Medical and sanitary report of the native army of Madras for the year
Year: 1877
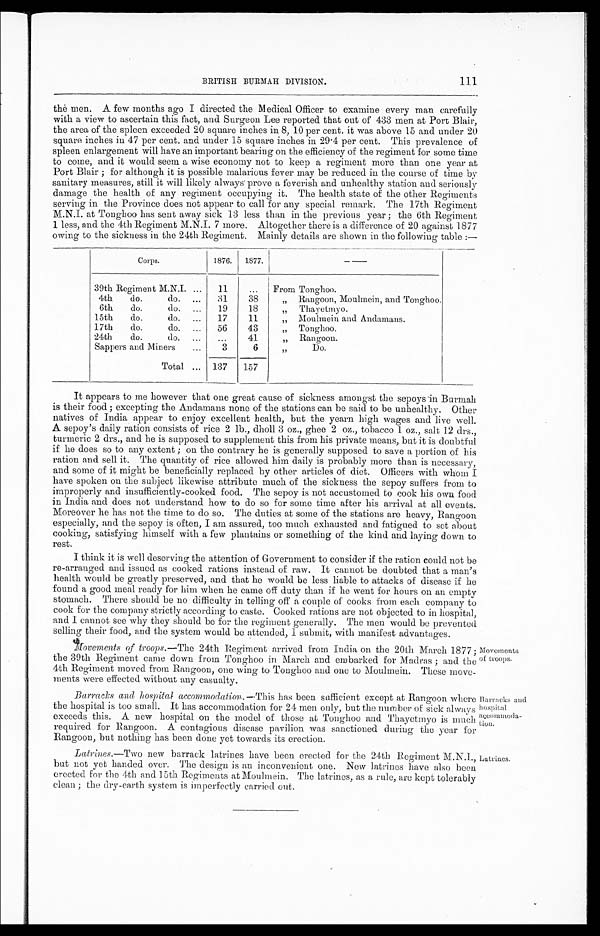
111
BRITISH BURMAH DIVISION.
the men. A few months ago I directed the Medical Officer to examine every man carefully
with a view to ascertain this fact, and Surgeon Lee reported that out of 433 men at Port Blair,
the area of the spleen exceeded 20 square inches in 8, 10 per cent. it was above 15 and under 20
square inches in 47 per cent. and under 15 square inches in 29 . 4 per cent. This prevalence of
spleen enlargement will have an important bearing on the efficiency of the regiment for some time
to come, and it would seem a wise economy not to keep a regiment more than one year at
Port Blair ; for although it is possible malarious fever may be reduced in the course of time by
sanitary measures, still it will likely always prove a feverish and unhealthy station and seriously
damage the health of any regiment occupying it. The health state of the other Regiments
serving in the Province does not appear to call for any special remark. The 17th Regiment
M.N.I. at Toughoo has sent away sick 13 less than in the previous year ; the 6th Regiment
1 less, and the 4th Regiment M.N.I. 7 more. Altogether there is a difference of 20 against 1877
owing to the sickness in the 24th Regiment. Mainly details are shown in the following table :—
Corps.
1876.
1877.
—
39th Regiment M.N.I. ...
11
...
From Tonghoo.
4th do. do. ...
31
38
„ Rangoon, Moulmein, and Tonghoo
6th do. do. ...
19
18
„ Thayetmyo.
15th do. do. ...
17
11
„ Moulmein and Andamans.
17th do. do.
56
43
„ Tonghoo.
24th. do. do. ...
...
41
„ Rangoon.
Sappers and Miners ...
3
6
,, Do.
Total ... 137
157
It appears to me however that one great cause of sickness amongst the sepoys in Burma
h
is their food ; excepting the Andamans none of the stations can be said to be unhealthy. Other
natives of India appear to enjoy excellent health, but the yearn high wages and live well.
A sepoy's daily ration consists of rice 2 lb., dholl 3 oz., ghee 2 oz., tobacco 1 oz., salt 12 drs.,
turmeric 2 drs., and he is supposed to supplement this from his private means, but it is doubtful
if he does so to any extent ; on the contrary he is generally supposed to save a portion of his
ration and sell it. The quantity of rice allowed him daily is probably more than is necessary,
and some of it might be beneficially replaced by other articles of diet. Officers with whom
I
have spoken on the subject likewise attribute much of the sickness the sepoy suffers from to
improperly and insufficiently-cooked food. The sepoy is not accustomed to cook his own food
in India and does not understand how to do so for some time after his arrival at all events.
Moreover he has not the time to do so. The duties at some of the stations are heavy, Rangoon
especially, and the sepoy is often, I am assured, too much exhausted and fatigued to set about
cooking, satisfying himself with a few plantains or something of the kind and laying down to
rest.
I think it is well deserving the attention of Government to consider if the ration could not be
re-arranged and issued as cooked rations instead of raw. It cannot be doubted that a man's
health would be greatly preserved, and that he would be less liable to attacks of disease if
he
found a good meal ready for him when he came off duty than if he went for hours on an empty
stomach. There should be no difficulty in telling off a couple of cooks from each company to
cook for the company strictly according to caste. Cooked rations are not objected to in hospital,
and I cannot see why they should be for the regiment generally. The men would be prevented
selling their food, and the system would be attended, I submit, with manifest advantages.
Movements of troops.— The 24th Regiment arrived from India on the 20th March 1877 ;
the 39th Regiment came down from Tonghoo in March and embarked for Madras ; and the
4th Regiment moved from Rangoon, one wing to Tonghoo and one to Moulmein. These move
-
ments were effected without any casualty.
Barracks and hospital accommodation. —This has been sufficient except at Rangoon where
the hospital is too small. It has accommodation for 24 men only, but the number of sick always
exceeds this. A new hospital on the model of those at Toughoo and Thayetmyo is much
required for Rangoon. A contagious disease pavilion was sanctioned during the year for
Rangoon, but nothing has been done yet towards its erection.
Latrines.—Two new barrack latrines have been erected for the 24th Regiment M.N.I.,
but not yet handed over. The design is an inconvenient one. New latrines have also been
erected for the 4th and 15th Regiments at Moulmein. The latrines, as a rule, are kept tolerably
clean ; the dry-earth system is imperfectly carried out.
Movements
of troops.
Barracks and
hospital
accommoda-
tion.
Latrines.